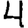
Digit: 4